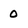
Character: O